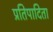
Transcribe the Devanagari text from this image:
प्रतिपादिता